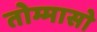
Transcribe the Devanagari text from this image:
तोम्मासो